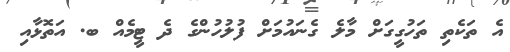
އެ ތަކެތި ތަހުގީގަށް މާލެ ގެނައުމަށް ފުލުހުންގެ ދެ ޓީމެއް ބ. އަތޮޅާއި